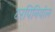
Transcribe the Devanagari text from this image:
टरपिनियोल